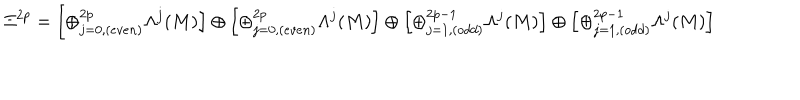
\Xi ^ { 2 p } = \left[ \oplus _ { j = 0 , ( e v e n ) } ^ { 2 p } \Lambda ^ { j } ( M ) \right] \oplus \left[ \oplus _ { j = 0 , ( e v e n ) } ^ { 2 p } \Lambda ^ { j } ( M ) \right] \oplus \left[ \oplus _ { j = 1 , ( o d d ) } ^ { 2 p - 1 } \Lambda ^ { j } ( M ) \right] \oplus \left[ \oplus _ { j = 1 , ( o d d ) } ^ { 2 p - 1 } \Lambda ^ { j } ( M ) \right]